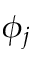
\phi _ { j }